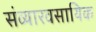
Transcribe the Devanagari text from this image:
संव्यारवसायिक